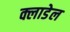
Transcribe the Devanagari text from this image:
क्लाडेल